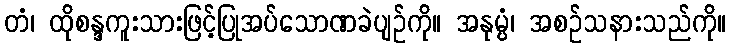
တံ၊ ထိုစန္ဒကူးသားဖြင့်ပြုအပ်သောဏခဲပျဉ်ကို။ အနုမ္ပံ၊ အစဉ်သနားသည်ကို။